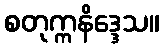
စတုက္ကနိဒ္ဒေသ။